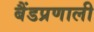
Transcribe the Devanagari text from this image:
बैंडप्रणाली